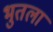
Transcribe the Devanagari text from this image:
भुतला